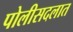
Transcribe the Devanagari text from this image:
पोलीसदलात